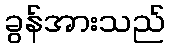
ခွန်အားသည်